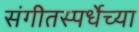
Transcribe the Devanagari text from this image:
संगीतस्पर्धेच्या